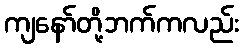
ကျနော်တို့ဘက်ကလည်း